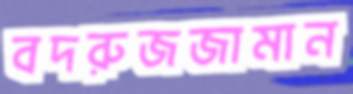
বদরুজজামান